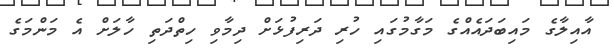
އާއިލާގެ މައިބަދައެއްގެ މަގާމުގައި ހުރި ދަރިފުޅަށް ދިމާވި ހިތްދަތި ހާލަށް އެ މަންމަގެ